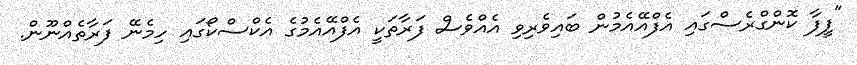
"ފީފާ ކޮންގްރެސްގައި އެފްއޭއެމުން ބައިވެރިވި އެއްވެސް ފަރާތަކީ އެފްއޭއެމުގެ އެކްސްކޯގައި ހިމެނޭ ފަރާތެއްނޫން.